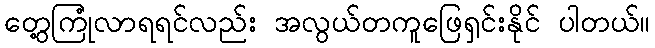
တွေ့ကြုံလာရရင်လည်း အလွယ်တကူဖြေရှင်းနိုင် ပါတယ်။